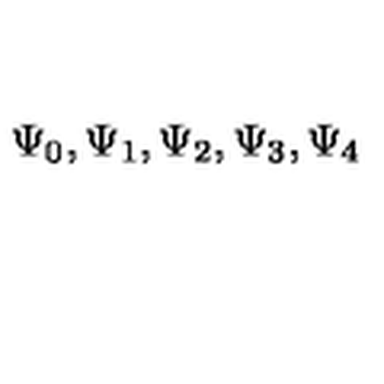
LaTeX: \Psi _ { 0 } , \Psi _ { 1 } , \Psi _ { 2 } , \Psi _ { 3 } , \Psi _ { 4 }